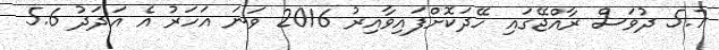
5.7 ދުވަސް ރާއްޖޭގައި ހޭދަކޮށްފައިވާއިރު 2016 ވަނަ އަހަރު އެ އަދަދު 5.6